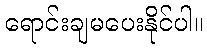
ရောင်းချမပေးနိုင်ပါ။